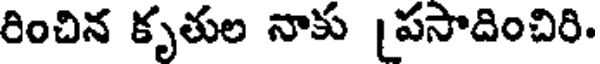
రించిన కృతుల నాకు [పసాదించిరి.